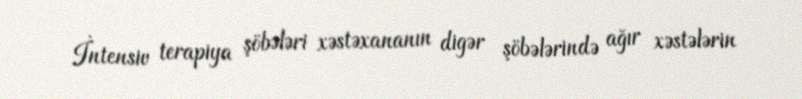
İntensiv terapiya şöbələri xəstəxananın digər şöbələrində ağır xəstələrin